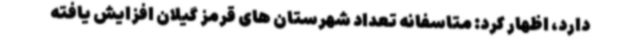
دارد، اظهار کرد: متاسفانه تعداد شهرستان های قرمز گیلان افزایش یافته